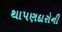
થાપણદારોની